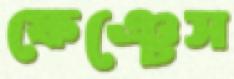
ফেঞ্চেস